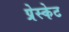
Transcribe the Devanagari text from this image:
प्रेस्केट